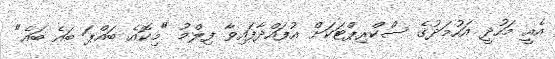
އެއީ މަހުދީ އަހުމަދުގެ ސްކްރިޕްޓަކަށް އުފައްދާފައިވާ ފިލްމު "މިކޮއެ ބައްޕަ ބައެ ބައެ"